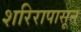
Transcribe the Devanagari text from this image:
शरिरापासून